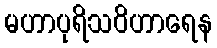
မဟာပုရိသဝိဟာရေန